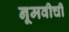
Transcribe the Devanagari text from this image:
नूमवीची